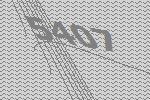
5407